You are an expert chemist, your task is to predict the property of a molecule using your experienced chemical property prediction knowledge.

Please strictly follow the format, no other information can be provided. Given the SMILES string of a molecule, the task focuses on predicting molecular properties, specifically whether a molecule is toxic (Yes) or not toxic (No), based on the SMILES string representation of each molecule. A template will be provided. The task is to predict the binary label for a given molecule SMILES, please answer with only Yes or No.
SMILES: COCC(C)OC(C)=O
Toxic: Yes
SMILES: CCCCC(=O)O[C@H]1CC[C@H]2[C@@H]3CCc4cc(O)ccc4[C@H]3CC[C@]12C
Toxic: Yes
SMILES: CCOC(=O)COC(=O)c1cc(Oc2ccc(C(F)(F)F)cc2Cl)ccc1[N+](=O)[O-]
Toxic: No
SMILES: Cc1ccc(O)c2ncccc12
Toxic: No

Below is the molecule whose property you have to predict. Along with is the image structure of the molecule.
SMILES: CC(C)CCCC(C)CC=O
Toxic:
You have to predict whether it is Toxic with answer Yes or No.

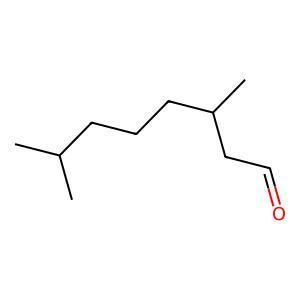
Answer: No